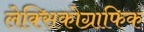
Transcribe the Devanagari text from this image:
लेक्सिकोग्राफिक